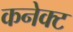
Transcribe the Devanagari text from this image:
कनेक्‍ट